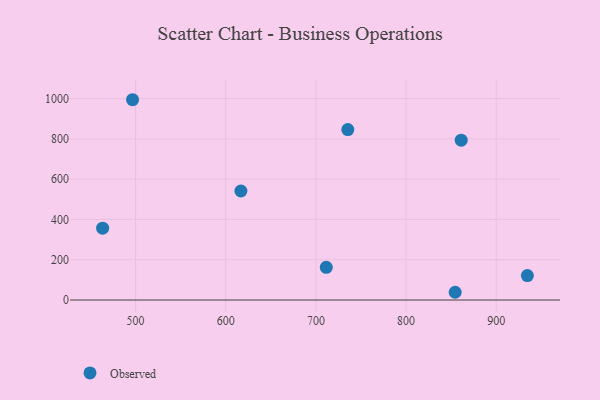
{"axis": {"x": "Speed", "y": "Rating"}, "legend": ["Observed"], "data": [{"x": "854.5", "y": 38.5, "type": "Observed"}, {"x": "735.4", "y": 846.1, "type": "Observed"}, {"x": "463.4", "y": 356.5, "type": "Observed"}, {"x": "496.6", "y": 994.2, "type": "Observed"}, {"x": "934.6", "y": 121.3, "type": "Observed"}, {"x": "861.2", "y": 793.3, "type": "Observed"}, {"x": "616.8", "y": 541.2, "type": "Observed"}, {"x": "711.5", "y": 162.4, "type": "Observed"}]}